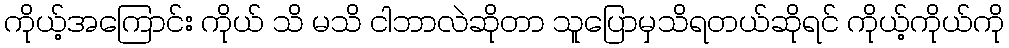
ကိုယ့်အကြောင်း ကိုယ် သိ မသိ ငါဘာလဲဆိုတာ သူပြောမှသိရတယ်ဆိုရင် ကိုယ့်ကိုယ်ကို